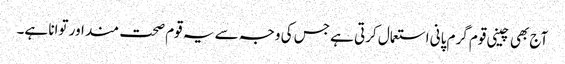
آج بھی چینی قوم گرم پانی استعمال کرتی ہے جس کی وجہ سے یہ قوم صحت مند اور توانا ہے۔